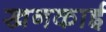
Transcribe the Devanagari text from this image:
खनकाई